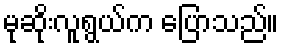
မုဆိုးလူရွယ်က ပြောသည်။